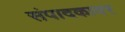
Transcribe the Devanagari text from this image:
संपादकावर